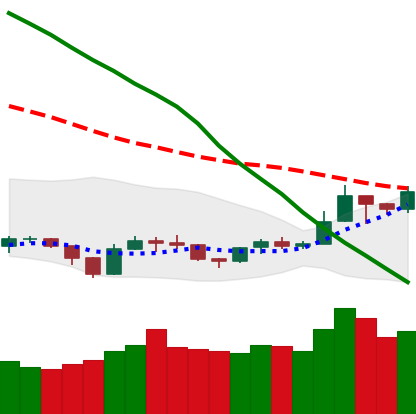
Ticker: TRX-USD
Chart end date: 2019-09-21
Forward return: -29.314%
Label: down_7plus